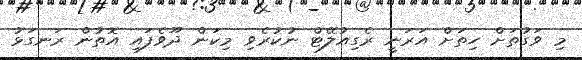
މި ވަގުތަށް ހިތަށް އަރަނީ ރެގިއުލޭޓް ނުކުރެވި މިކަން ދޫވެފައި އޮތުން ރަނގަޅު